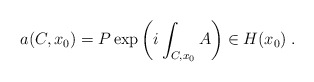
\begin{align*}a(C,x_0)=P\exp\left(i\int_{C,x_0} A\right)\in H(x_0)\; .\end{align*}